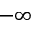
- \infty